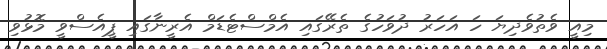
މިއީ ވެތުވެދިޔަ ހަ އަހަރު ދުވަހުގެ ތެރޭގައި އެމްސްޓެޑަމް އެރީނާގައި ޕީއެސްވީ މޮޅުވި